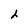
Character: h